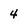
Character: 4